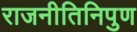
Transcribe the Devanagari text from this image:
राजनीतिनिपुण